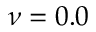
\nu = 0 . 0